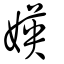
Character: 媖